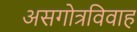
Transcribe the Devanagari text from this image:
असगोत्रविवाह